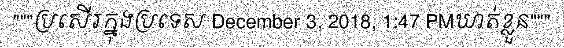
"""ប្រសើរក្នុងប្រទេស December 3, 2018, 1:47 PMឃាត់ខ្លួន"""